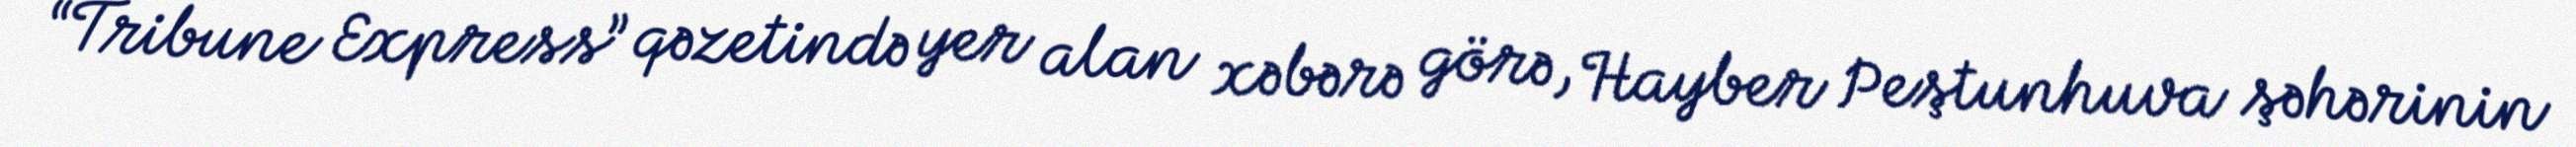
“Tribune Express” qəzetində yer alan xəbərə görə, Hayber Peştunhuva şəhərinin